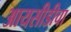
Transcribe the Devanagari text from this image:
आयसीडीचा